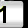
Digit: 1